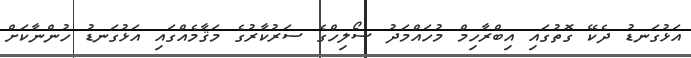
އަޅުގަނޑު ދެކޭ ގޮތުގައި އިބްރާހިމް މުހައްމަދު ސޯލިހްގެ ސަރުކާރުގެ މަޤާމެއްގައި އަޅުގަނޑު ހުންނާކަށް